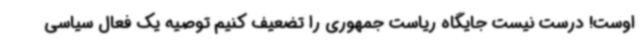
اوست! درست نیست جایگاه ریاست جمهوری را تضعیف کنیم توصیه یک فعال سیاسی